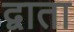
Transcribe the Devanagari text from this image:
द्वाता